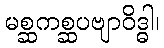
မစ္ဆကစ္ဆပဗျာဝိဒ္ဓါ၊